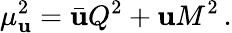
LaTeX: \mu_{\mathbf{u}}^{2}=\bar{{\mathbf{u}}}Q^{2}+\mathbf{u}M^{2}\, .